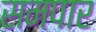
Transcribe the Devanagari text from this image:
समपार